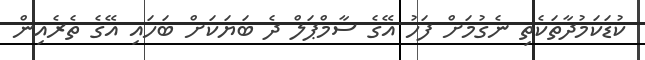
ކުޑަކަމުދާތަކެތި ނެގުމަށް ފަހު އޭގެ ސާމްޕަލް ދެ ބަޔަކަށް ބަހައި އޭގެ ތެރެއިން